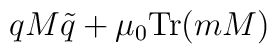
qM\tilde{q} + \mu_0\mbox{Tr}(mM)